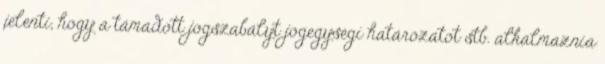
jelenti, hogy a támadott jogszabályt jogegységi határozatot stb. alkalmaznia